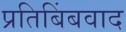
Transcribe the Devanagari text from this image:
प्रतिबिंबवाद